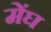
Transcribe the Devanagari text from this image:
मेंघ